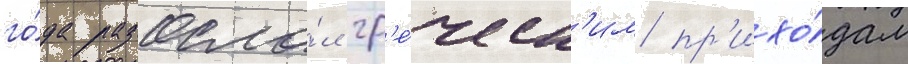
го́да разосла́л гр'е́ческ'им пр'ихо́дам